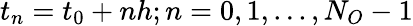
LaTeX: t_{n}=t_{0}+nh;n=0,1,...,N_{O}-1